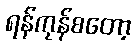
ရန်ကုန်စတော့